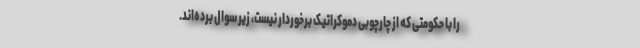
را با حکومتی که از چارچوبی دموکراتیک برخوردار نیست، زیر سوال برده‌اند.